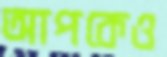
আপকেও